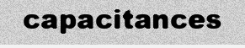
capacitances